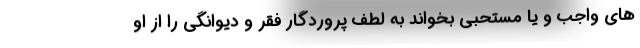
های واجب و یا مستحبی بخواند به لطف پروردگار فقر و دیوانگی را از او